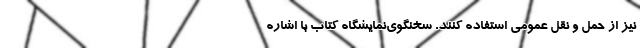
نیز از حمل و نقل عمومی استفاده کنند. سخنگوی‌نمایشگاه کتاب با اشاره